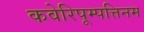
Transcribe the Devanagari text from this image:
कवेरिपूम्पत्तिनम